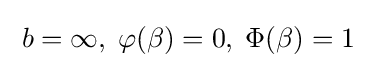
\;b=\infty ,\;\varphi (\beta )=0,\;\Phi (\beta )=1